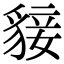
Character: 𧳛